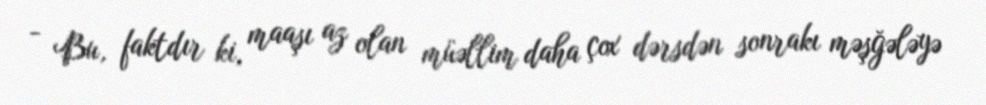
- Bu, faktdır ki, maaşı az olan müəllim daha çox dərsdən sonrakı məşğələyə